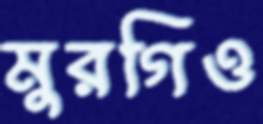
মুরগিও